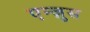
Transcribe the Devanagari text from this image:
एन्ज़ुस